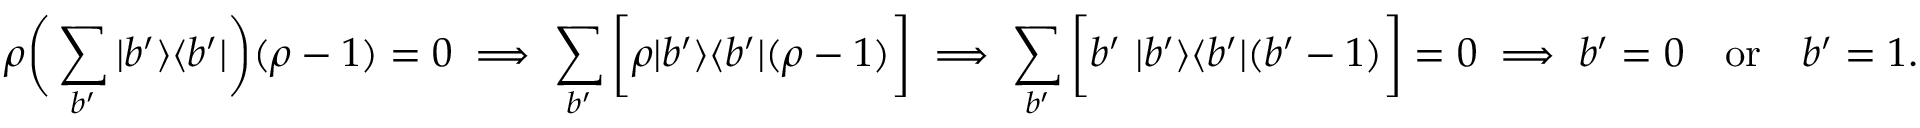
\rho \bigg ( \sum _ { b ^ { \prime } } | b ^ { \prime } \rangle \langle b ^ { \prime } | \bigg ) ( \rho - 1 ) = 0 \implies \sum _ { b ^ { \prime } } \bigg [ \rho | b ^ { \prime } \rangle \langle b ^ { \prime } | ( \rho - 1 ) \bigg ] \implies \sum _ { b ^ { \prime } } \bigg [ b ^ { \prime } \ | b ^ { \prime } \rangle \langle b ^ { \prime } | ( b ^ { \prime } - 1 ) \bigg ] = 0 \implies b ^ { \prime } = 0 ~ ~ ~ \mathrm { o r } ~ ~ ~ b ^ { \prime } = 1 .